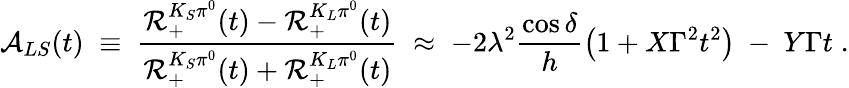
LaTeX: {\cal A}_{LS}(t)\; \equiv\; \frac{{\cal R}_{+}^{K_{S}\pi^{0}}(t)-{\cal R}_{+}^{K_{L}\pi^{0}}(t)}{{\cal R}_{+}^{K_{S}\pi^{0}}(t)+{\cal R}_{+}^{K_{L}\pi^{0}}(t)}\; \approx\; -2\lambda^{2}\frac{\cos\delta}{h}\left(1+X\Gamma^{2}t^{2}\right)~-~Y\Gamma t\; .